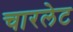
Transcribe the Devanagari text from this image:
चारलेट